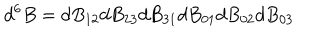
d ^ { 6 } B = d B _ { 1 2 } d B _ { 2 3 } d B _ { 3 1 } d B _ { 0 1 } d B _ { 0 2 } d B _ { 0 3 }